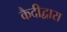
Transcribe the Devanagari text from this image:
कैदीद्वारा